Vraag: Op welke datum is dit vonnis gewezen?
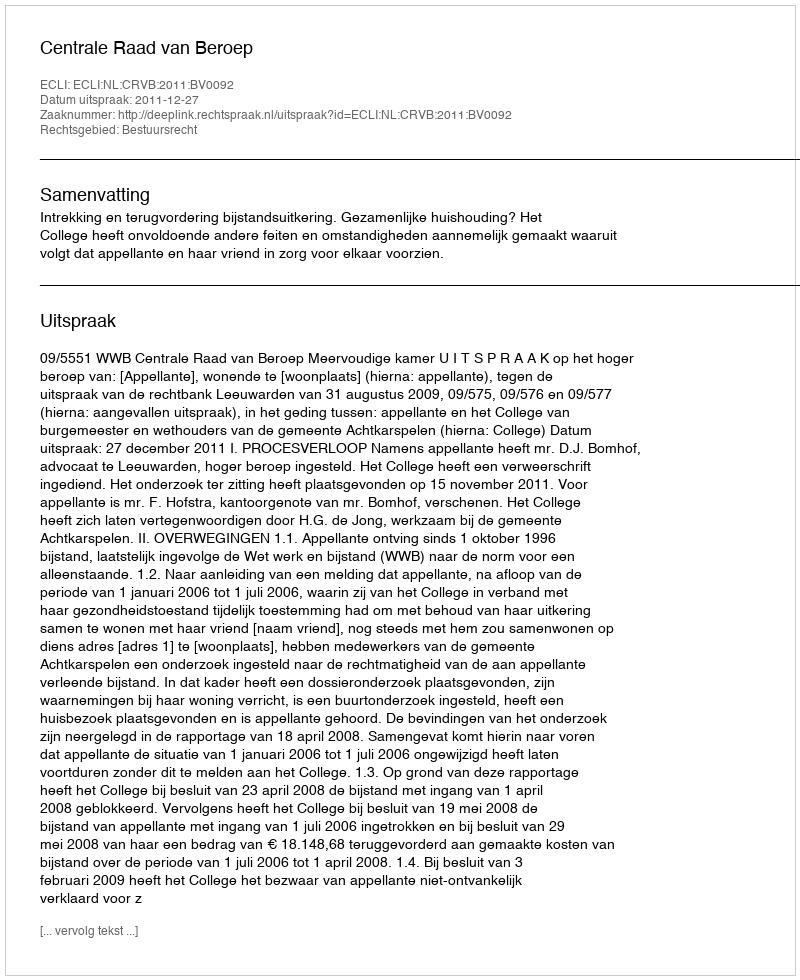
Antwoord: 2011-12-27